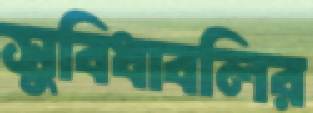
সুবিধাবলির